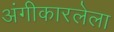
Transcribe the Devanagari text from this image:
अंगीकारलेला